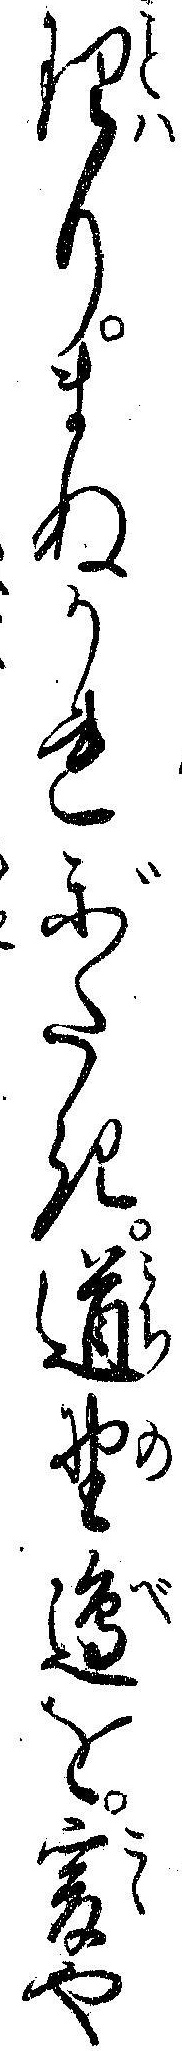
理りまぬかれがたき道野辺を爰や